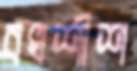
বখশীশ